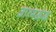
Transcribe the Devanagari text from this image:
आत्मद्वंद्व